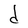
Character: d